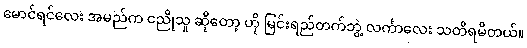
မောင်ရင်လေး အမည်က ငညိုသူ ဆိုတော့ ဟို မြင်းရည်တက်ဘွဲ့ လင်္ကာလေး သတိရမိတယ်။